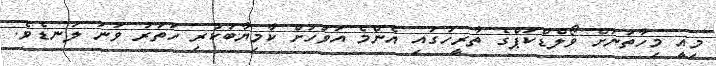
މިއީ މިހާތަނަށް ވޯލްޑްކަޕްގެ ތާރީހުގައި އެންމެ އަވަހަށް ކާމިޔާބުކުރި ހަތަރު ވަނަ ލަނޑެވެ.